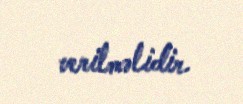
verilməlidir.